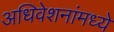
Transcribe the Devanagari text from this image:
अधिवेशनांमध्ये